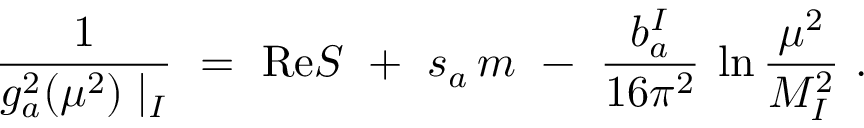
\frac { 1 } { g _ { a } ^ { 2 } ( \mu ^ { 2 } ) \mid _ { I } } \ = \ \mathrm { R e } S \ + \ s _ { a } \, m \ - \ \frac { b _ { a } ^ { I } } { 1 6 \pi ^ { 2 } } \: \ln \frac { \mu ^ { 2 } } { M _ { I } ^ { 2 } } \ .